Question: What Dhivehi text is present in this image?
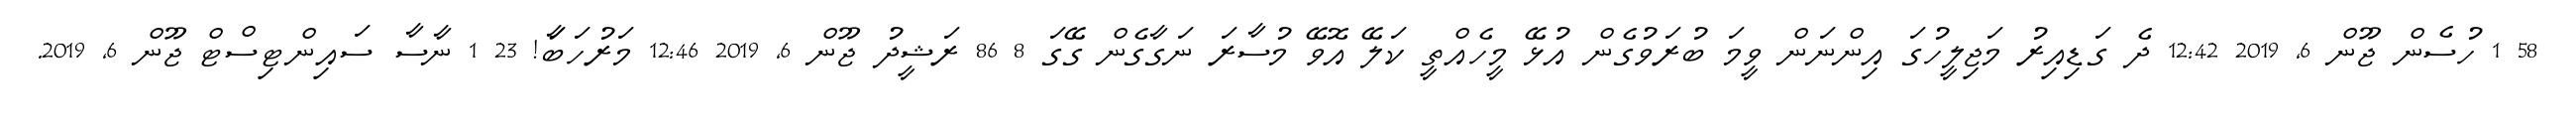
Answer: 58 1 ހުސެން ޖޫން 6, 2019 12:42 ދެ ގަޑިއިރު މަޖިލީހުގަ އިންނަން ވީމަ ބުރަވުގެން އުޅޭ މީހެއްތީ ކަލޭ އޮވޭ މުސާރަ ނަގާގެން ގޭގަ 8 86 ރަޝީދު ޖޫން 6, 2019 12:46 މަރުހަބާަ! 23 1 ނާސާ ސައިންޓިސްޓް ޖޫން 6, 2019.